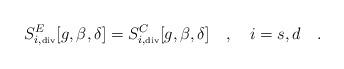
LaTeX: \begin{align*}S^E_{i,\tiny\mbox{div}}[g,\beta,\delta]=S^C_{i,\tiny\mbox{div}}[g,\beta,\delta]~~~,~~~i=s,d~~~.\end{align*}